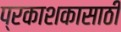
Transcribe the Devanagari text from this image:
प्रकाशकासाठी